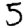
Digit: 5